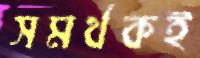
সমর্থকই